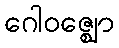
ဂေါဝဇ္ဈော